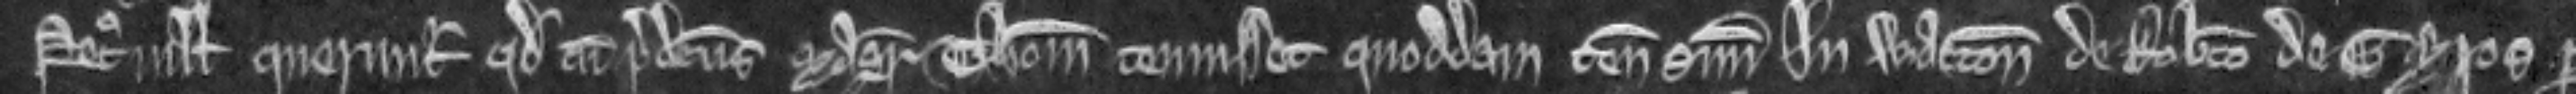
Petronilla queruntur quod cum predictus Magister Thomas tenuisset quoddam tenementum suum in Watton de Roberto de Gyros per